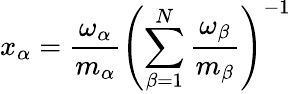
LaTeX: x_{\alpha}=\frac{\omega_{\alpha}}{m_{\alpha}}\left(\sum_{\beta=1}^{N}\frac{\omega_{\beta}}{m_{\beta}}\right)^{-1}